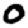
Digit: 0